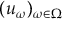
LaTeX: ( u _ { \omega } ) _ { \omega \in \Omega }